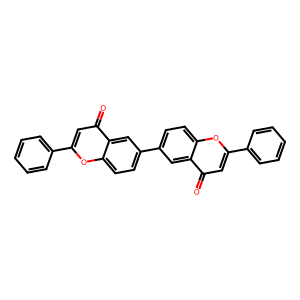
SMILES: O=c1cc(-c2ccccc2)oc2ccc(-c3ccc4oc(-c5ccccc5)cc(=O)c4c3)cc12
Inhibits HIV replication: No